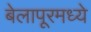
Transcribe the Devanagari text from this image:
बेलापूरमध्ये